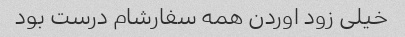
خیلی زود اوردن همه سفارشام درست بود